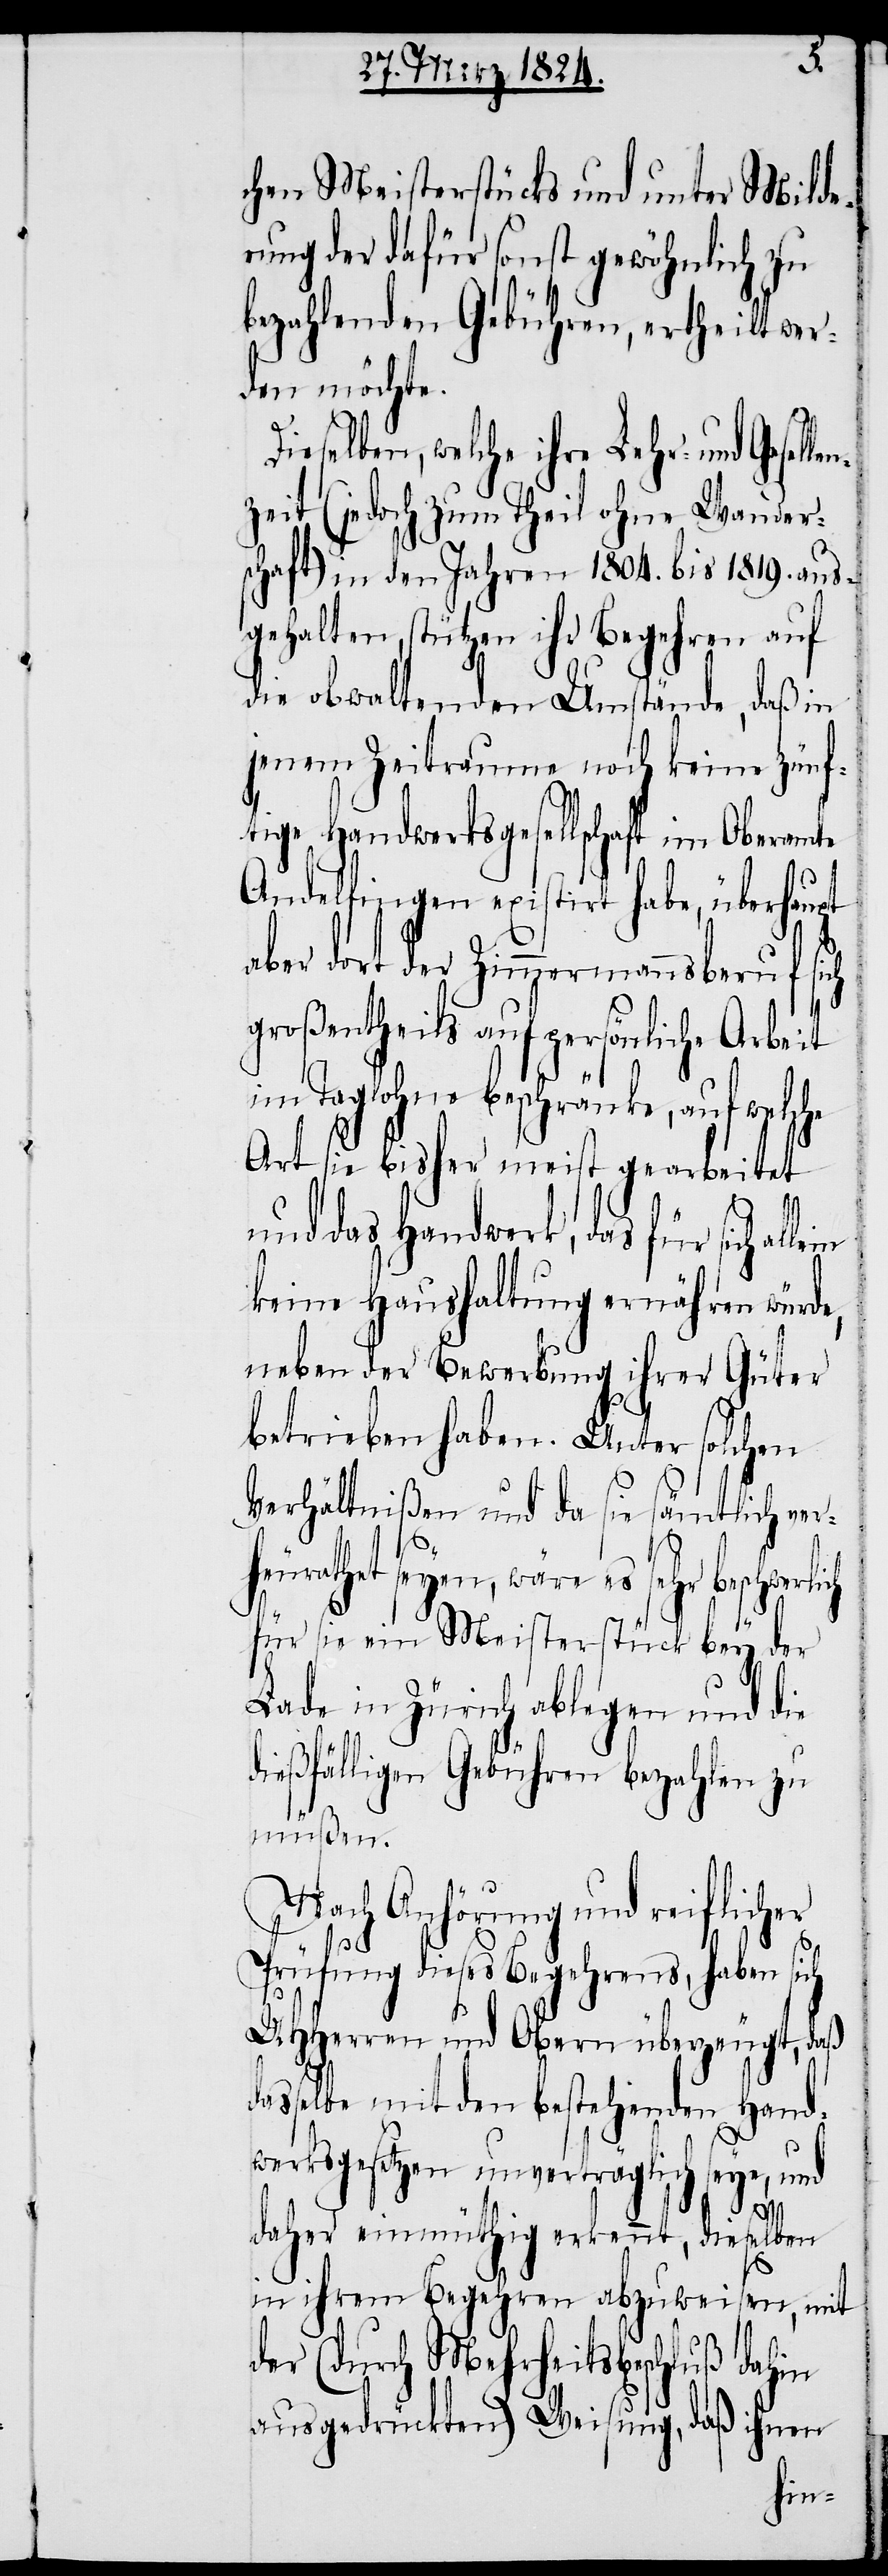
chen Meisterstücks und unter Milde¬
rung der dafür sonst gewöhnlich zu
bezahlenden Gebühren, ertheilt wer¬
den möchte.
Dieselben, welche ihre Lehr- und Gesellen¬
zeit (jedoch zum Theil ohne Wander¬
schaft) in den Jahren 1804. bis 1819. aus¬
gehalten, stützen ihr Begehren auf
die obwaltenden Umstände, daß in
jenem Zeitraum noch keine zünf¬
tige Handwerksgesellschaft im Oberamte
Andelfingen existirt habe, überhaupt
aber dort der Zimmermannsberuf sich
großentheils auf persönliche Arbeit
im Taglohne beschränke, auf welche
Art sie bisher meist gearbeitet
und das Handwerk, das für sich al¬
keine Haushaltung ernähren würde,
neben der Bewerbung ihrer Güter
betrieben haben. Unter solchen
Verhältnißen und da sie sämtlich verh¬
es sehr beschwerlich
für sie ein Meisterstück bey der
Lade in Zürich ablegen und die
dießfälligen Gebühren bezahlen zu
müßen.
Nach Anhörung und reiflicher
Prüfung dieses Begehrens, haben sich
UHHerren und Obern überzeugt, daß
dasselbe mit den bestehenden Hand¬
werksgesetzen unverträglich seye, und
daher einmüthig erkennt, dieselben
in ihrem Begehren abzuweisen, mit
der (durch Mehrheitsbeschluß dahin
ausgedrückten) Weisung, daß ihnen
lein